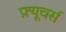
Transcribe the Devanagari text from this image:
फ़्यूचर्स